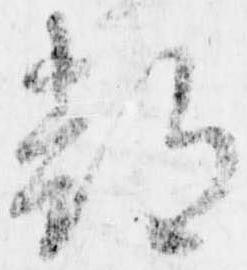
都